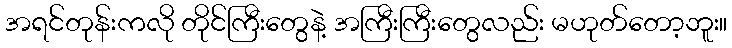
အရင်တုန်းကလို တိုင်ကြီးတွေနဲ့ အကြီးကြီးတွေလည်း မဟုတ်တော့ဘူး။